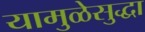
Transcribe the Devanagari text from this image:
यामुळेसुद्धा